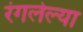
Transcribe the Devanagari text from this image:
रंगलेल्या